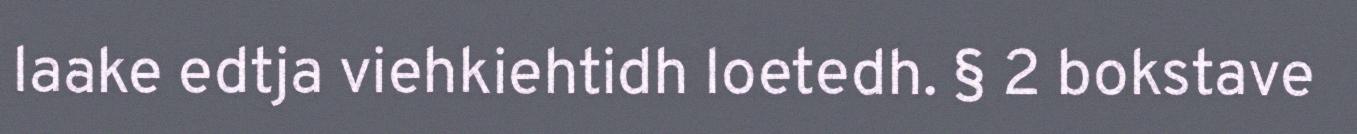
laake edtja viehkiehtidh loetedh. § 2 bokstave